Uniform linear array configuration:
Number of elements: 24
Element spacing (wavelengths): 0.25
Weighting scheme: binomial
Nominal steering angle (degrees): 15
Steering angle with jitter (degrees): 14.75
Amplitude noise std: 0.05
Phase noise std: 0.05

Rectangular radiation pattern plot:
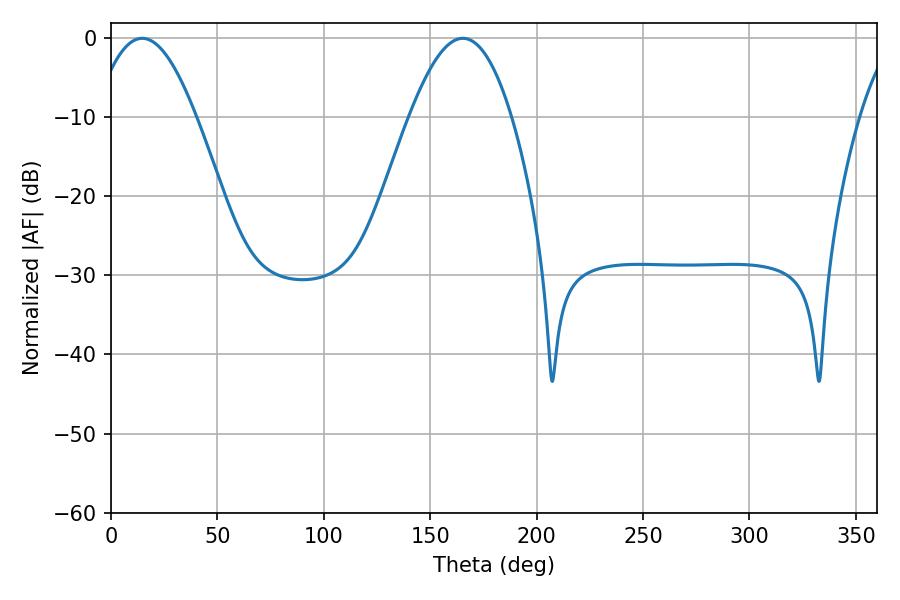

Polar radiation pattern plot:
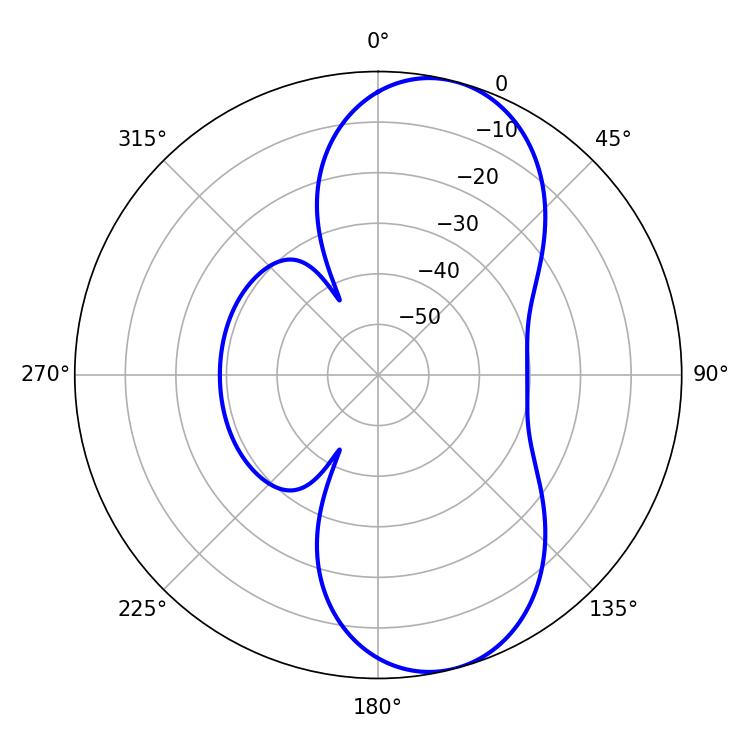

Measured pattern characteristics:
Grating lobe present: FALSE
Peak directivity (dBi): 8.888
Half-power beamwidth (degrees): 26.1
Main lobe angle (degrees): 14.58